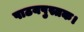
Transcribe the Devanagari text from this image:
पाठयपुस्तक।